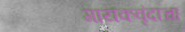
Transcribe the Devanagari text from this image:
गायकवृंदाचा